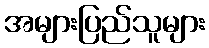
အများပြည်သူများ